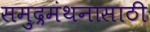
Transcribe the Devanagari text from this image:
समुद्रमंथनासाठी